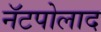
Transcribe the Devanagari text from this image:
नॅटपोलाद